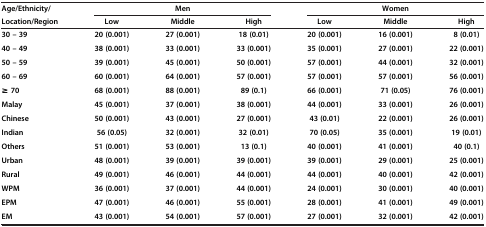
<table><thead><tr><td><b>Age/Ethnicity/</b></td><td colspan="3"><b>Men</b></td><td colspan="3"><b>Women</b></td></tr><tr><td><b>Location/Region</b></td><td><b>Low</b></td><td><b>Middle</b></td><td><b>High</b></td><td><b>Low</b></td><td><b>Middle</b></td><td><b>High</b></td></tr></thead><tbody><tr><td><b>30 – 39</b></td><td><b>20 (0.001)</b></td><td><b>27 (0.001)</b></td><td><b>18 (0.01)</b></td><td><b>20 (0.001)</b></td><td><b>16 (0.001)</b></td><td><b>8 (0.01)</b></td></tr><tr><td><b>40 – 49</b></td><td><b>38 (0.001)</b></td><td><b>33 (0.001)</b></td><td><b>33 (0.001)</b></td><td><b>35 (0.001)</b></td><td><b>27 (0.001)</b></td><td><b>22 (0.001)</b></td></tr><tr><td><b>50 – 59</b></td><td><b>39 (0.001)</b></td><td><b>45 (0.001)</b></td><td><b>50 (0.001)</b></td><td><b>57 (0.001)</b></td><td><b>44 (0.001)</b></td><td><b>32 (0.001)</b></td></tr><tr><td><b>60 – 69</b></td><td><b>60 (0.001)</b></td><td><b>64 (0.001)</b></td><td><b>57 (0.001)</b></td><td><b>57 (0.001)</b></td><td><b>57 (0.001)</b></td><td><b>56 (0.001)</b></td></tr><tr><td><b>≥ 70</b></td><td><b>68 (0.001)</b></td><td><b>88 (0.001)</b></td><td><b>89 (0.1)</b></td><td><b>66 (0.001)</b></td><td><b>71 (0.05)</b></td><td><b>76 (0.001)</b></td></tr><tr><td><b>Malay</b></td><td><b>45 (0.001)</b></td><td><b>37 (0.001)</b></td><td><b>38 (0.001)</b></td><td><b>44 (0.001)</b></td><td><b>33 (0.001)</b></td><td><b>26 (0.001)</b></td></tr><tr><td><b>Chinese</b></td><td><b>50 (0.001)</b></td><td><b>43 (0.001)</b></td><td><b>27 (0.001)</b></td><td><b>43 (0.01)</b></td><td><b>22 (0.001)</b></td><td><b>26 (0.001)</b></td></tr><tr><td><b>Indian</b></td><td><b>56 (0.05)</b></td><td><b>32 (0.001)</b></td><td><b>32 (0.01)</b></td><td><b>70 (0.05)</b></td><td><b>35 (0.001)</b></td><td><b>19 (0.01)</b></td></tr><tr><td><b>Others</b></td><td><b>51 (0.001)</b></td><td><b>53 (0.001)</b></td><td><b>13 (0.1)</b></td><td><b>40 (0.001)</b></td><td><b>41 (0.001)</b></td><td><b>40 (0.1)</b></td></tr><tr><td><b>Urban</b></td><td><b>48 (0.001)</b></td><td><b>39 (0.001)</b></td><td><b>39 (0.001)</b></td><td><b>39 (0.001)</b></td><td><b>29 (0.001)</b></td><td><b>25 (0.001)</b></td></tr><tr><td><b>Rural</b></td><td><b>49 (0.001)</b></td><td><b>46 (0.001)</b></td><td><b>44 (0.001)</b></td><td><b>44 (0.001)</b></td><td><b>40 (0.001)</b></td><td><b>42 (0.001)</b></td></tr><tr><td><b>WPM</b></td><td><b>36 (0.001)</b></td><td><b>37 (0.001)</b></td><td><b>44 (0.001)</b></td><td><b>24 (0.001)</b></td><td><b>30 (0.001)</b></td><td><b>40 (0.001)</b></td></tr><tr><td><b>EPM</b></td><td><b>47 (0.001)</b></td><td><b>46 (0.001)</b></td><td><b>55 (0.001)</b></td><td><b>28 (0.001)</b></td><td><b>41 (0.001)</b></td><td><b>49 (0.001)</b></td></tr><tr><td><b>EM</b></td><td><b>43 (0.001)</b></td><td><b>54 (0.001)</b></td><td><b>57 (0.001)</b></td><td><b>27 (0.001)</b></td><td><b>32 (0.001)</b></td><td><b>42 (0.001)</b></td></tr></tbody></table>